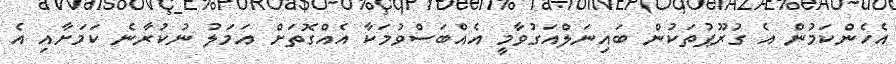
އެހެންކަމުން އެ ގުރޫޕުތަކުން ބައިނަލްއަގުވާމީ އެއްބަސްވުމަކާ އެއްގޮތަށް އަމަލު ނުކުރާނެ ކަމަށާއި އެ